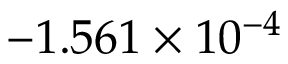
- 1 . 5 6 1 \times 1 0 ^ { - 4 }